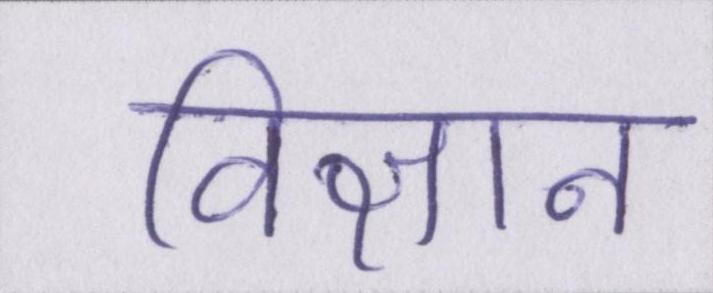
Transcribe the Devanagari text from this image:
विज्ञान